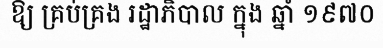
ឱ្យ គ្រប់គ្រង រដ្ឋាភិបាល ក្នុង ឆ្នាំ ១៩៧០